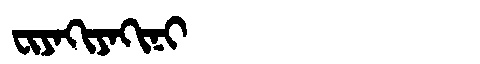
Manchu: ᠸᡳᠶᠠᡴᡳᠶᠠᡴᡳᠨᡳ
Romanization: FIYAKIYAKINI